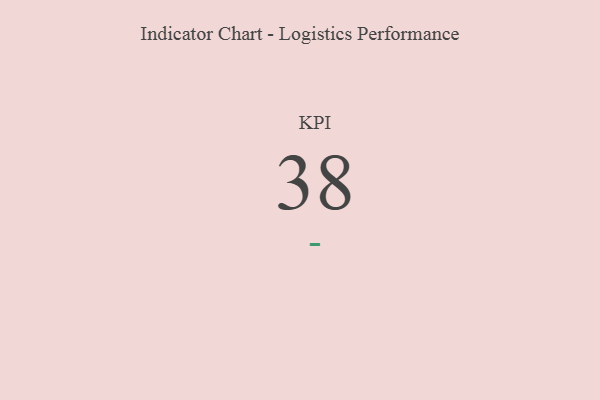
{"axis": {"x": "KPI", "y": "Value"}, "legend": [""], "data": [{"x": "KPI", "y": 38, "type": ""}]}